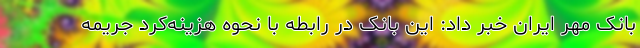
بانک مهر ایران خبر داد: این بانک در رابطه با نحوه هزینه‌کرد جریمه